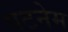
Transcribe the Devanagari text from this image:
पटनेम